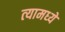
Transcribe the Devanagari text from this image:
त्‍यामध्‍ये